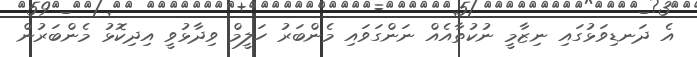
އެ ދަނޑިވަޅުގައި ނިޒާމީ ނުކުތާއެއް ނަންގަވައި މެންބަރު ހަލީމް ވިދާޅުވީ އިދިކޮޅު މެންބަރުން